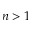
n > 1